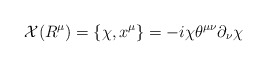
\begin{align*}{\cal X}(R^{\mu})=\{{\chi},x^{\mu}\}=-i{\chi}{\theta}^{{\mu}{\nu}}{\partial}_{\nu}{\chi}\end{align*}